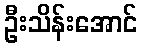
ဦးသိန်းအောင်